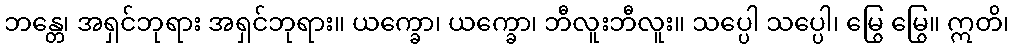
ဘန္တေ၊ အရှင်ဘုရား အရှင်ဘုရား။ ယက္ခော၊ ယက္ခော၊ ဘီလူးဘီလူး။ သပ္ပေါ သပ္ပေါ၊ မြွေ မြွေ။ ဣတိ၊